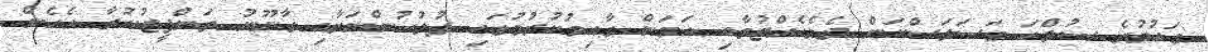
ގައުމުގެ ސުލްހަ މަސަލަސްކަން ދެމެހެއްޓުމާއި އަމަން ގާއިމުކުރުމުގައި ފުލުހުންނަށާއި ގާނޫނު ތަންފީޒުކުރާ އެހެން